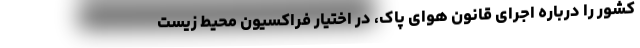
کشور را درباره اجرای قانون هوای پاک، در اختیار فراکسیون محیط زیست